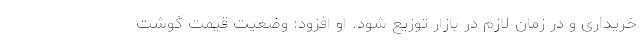
خریداری و در زمان لازم در بازار توزیع شود. او افزود: وضعیت قیمت گوشت